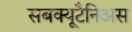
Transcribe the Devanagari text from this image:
सबक्यूटैनिअस